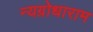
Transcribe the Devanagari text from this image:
न्यग्रोधाराम